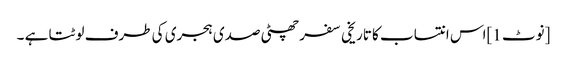
[نوٹ 1]اس انتساب کا تاریخی سفر چھٹی صدی ہجری کی طرف لوٹتا ہے ۔